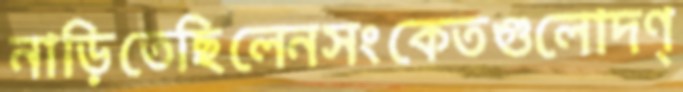
নাড়িতেছিলেনসংকেতগুলোদণ্